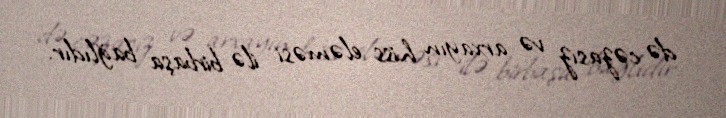
də cəzasız və arxayın hiss eləməsi ilə birbaşa bağlıdır.